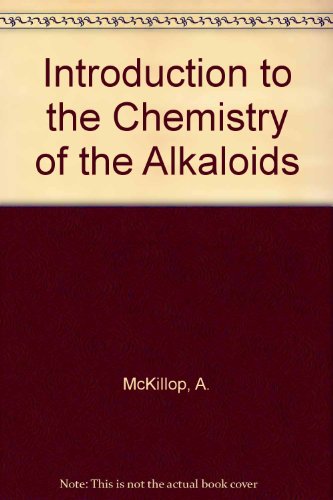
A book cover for An introduction to the chemistry of the alkaloids; A McKillop; Science & Math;